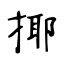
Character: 揶